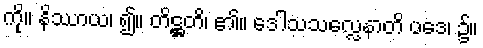
ကို။ နိဿာယ၊ ၍။ တိဋ္ဌတိ၊ ၏။ ဒေါသသလ္လေနာတိ ပဒေ၊ ၌။